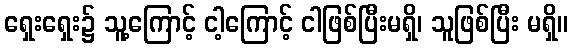
ရှေးရှေး၌ သူ့ကြောင့် ငါ့ကြောင့် ငါဖြစ်ပြီးမရှိ၊ သူဖြစ်ပြီး မရှိ။